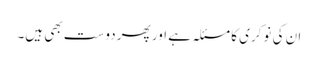
ان کی نوکری کا مسئلہ ہے اور پھر دوست بھی ہیں۔